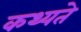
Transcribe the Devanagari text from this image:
कथ्यते